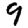
Digit: 9